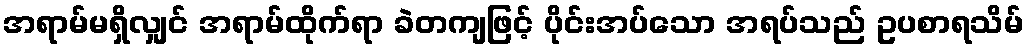
အရာမ်မရှိလျှင် အရာမ်ထိုက်ရာ ခဲတကျဖြင့် ပိုင်းအပ်သော အရပ်သည် ဥပစာရသိမ်